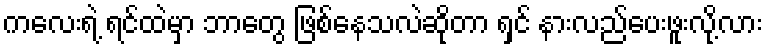
ကလေးရဲ့ ရင်ထဲမှာ ဘာတွေ ဖြစ်နေသလဲဆိုတာ ရှင် နားလည်ပေးဖူးလို့လား